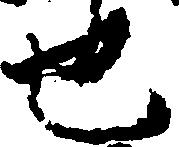
也